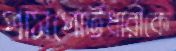
পাসপোর্টধারীকে